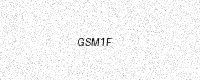
Text: GSM1F